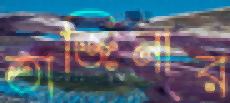
তাজিনার